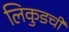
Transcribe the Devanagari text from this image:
लिकुडची